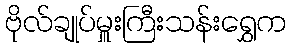
ဗိုလ်ချုပ်မှူးကြီးသန်းရွှေက